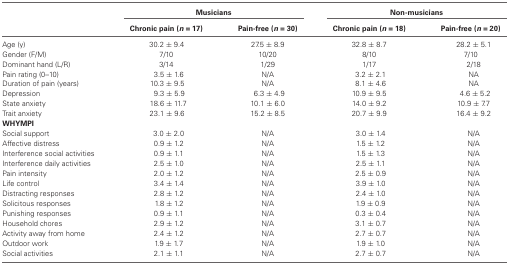
<table><thead><tr><td></td><td colspan="2"><b>Musicians</b></td><td colspan="2"><b>Non-musicians</b></td></tr><tr><td></td><td><b>Chronic pain (<i>n</i> = 17)</b></td><td><b>Pain-free (<i>n</i> = 30)</b></td><td><b>Chronic pain (<i>n</i> = 18)</b></td><td><b>Pain-free (<i>n</i> = 20)</b></td></tr></thead><tbody><tr><td>Age (y)</td><td>30.2 ± 9.4</td><td>27.5 ± 8.9</td><td>32.8 ± 8.7</td><td>28.2 ± 5.1</td></tr><tr><td>Gender (F/M)</td><td>7/10</td><td>10/20</td><td>8/10</td><td>7/10</td></tr><tr><td>Dominant hand (L/R)</td><td>3/14</td><td>1/29</td><td>1/17</td><td>2/18</td></tr><tr><td>Pain rating (0–10)</td><td>3.5 ± 1.6</td><td>N/A</td><td>3.2 ± 2.1</td><td>NA</td></tr><tr><td>Duration of pain (years)</td><td>10.3 ± 9.5</td><td>N/A</td><td>8.1 ± 4.6</td><td>NA</td></tr><tr><td>Depression</td><td>9.3 ± 5.9</td><td>6.3 ± 4.9</td><td>10.9 ± 9.5</td><td>4.6 ± 5.2</td></tr><tr><td>State anxiety</td><td>18.6 ± 11.7</td><td>10.1 ± 6.0</td><td>14.0 ± 9.2</td><td>10.9 ± 7.7</td></tr><tr><td>Trait anxiety</td><td>23.1 ± 9.6</td><td>15.2 ± 8.5</td><td>20.7 ± 9.9</td><td>16.4 ± 9.2</td></tr><tr><td><b>WHYMPI</b></td></tr><tr><td>Social support</td><td>3.0 ± 2.0</td><td>N/A</td><td>3.0 ± 1.4</td><td>N/A</td></tr><tr><td>Affective distress</td><td>0.9 ± 1.2</td><td>N/A</td><td>1.5 ± 1.2</td><td>N/A</td></tr><tr><td>Interference social activities</td><td>0.9 ± 1.1</td><td>N/A</td><td>1.5 ± 1.3</td><td>N/A</td></tr><tr><td>Interference daily activities</td><td>2.5 ± 1.0</td><td>N/A</td><td>2.5 ± 1.1</td><td>N/A</td></tr><tr><td>Pain intensity</td><td>2.0 ± 1.2</td><td>N/A</td><td>2.5 ± 0.9</td><td>N/A</td></tr><tr><td>Life control</td><td>3.4 ± 1.4</td><td>N/A</td><td>3.9 ± 1.0</td><td>N/A</td></tr><tr><td>Distracting responses</td><td>2.8 ± 1.2</td><td>N/A</td><td>2.4 ± 1.0</td><td>N/A</td></tr><tr><td>Solicitous responses</td><td>1.8 ± 1.2</td><td>N/A</td><td>1.9 ± 0.9</td><td>N/A</td></tr><tr><td>Punishing responses</td><td>0.9 ± 1.1</td><td>N/A</td><td>0.3 ± 0.4</td><td>N/A</td></tr><tr><td>Household chores</td><td>2.9 ± 1.2</td><td>N/A</td><td>3.1 ± 0.7</td><td>N/A</td></tr><tr><td>Activity away from home</td><td>2.4 ± 1.2</td><td>N/A</td><td>2.7 ± 0.7</td><td>N/A</td></tr><tr><td>Outdoor work</td><td>1.9 ± 1.7</td><td>N/A</td><td>1.9 ± 1.0</td><td>N/A</td></tr><tr><td>Social activities</td><td>2.1 ± 1.1</td><td>N/A</td><td>2.7 ± 0.7</td><td>N/A</td></tr></tbody></table>